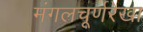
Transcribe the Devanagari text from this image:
मंगलचूर्णरेखा